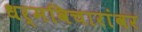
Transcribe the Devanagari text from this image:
धर्मविचारांवर